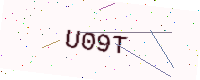
Text: U09T